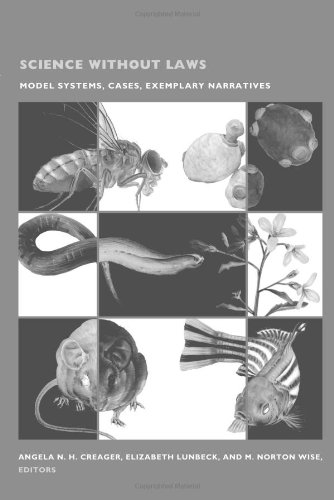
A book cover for Science without Laws: Model Systems, Cases, Exemplary Narratives (Science and Cultural Theory); Science & Math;